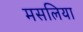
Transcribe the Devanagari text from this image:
मसलिया